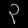
Digit: ၃